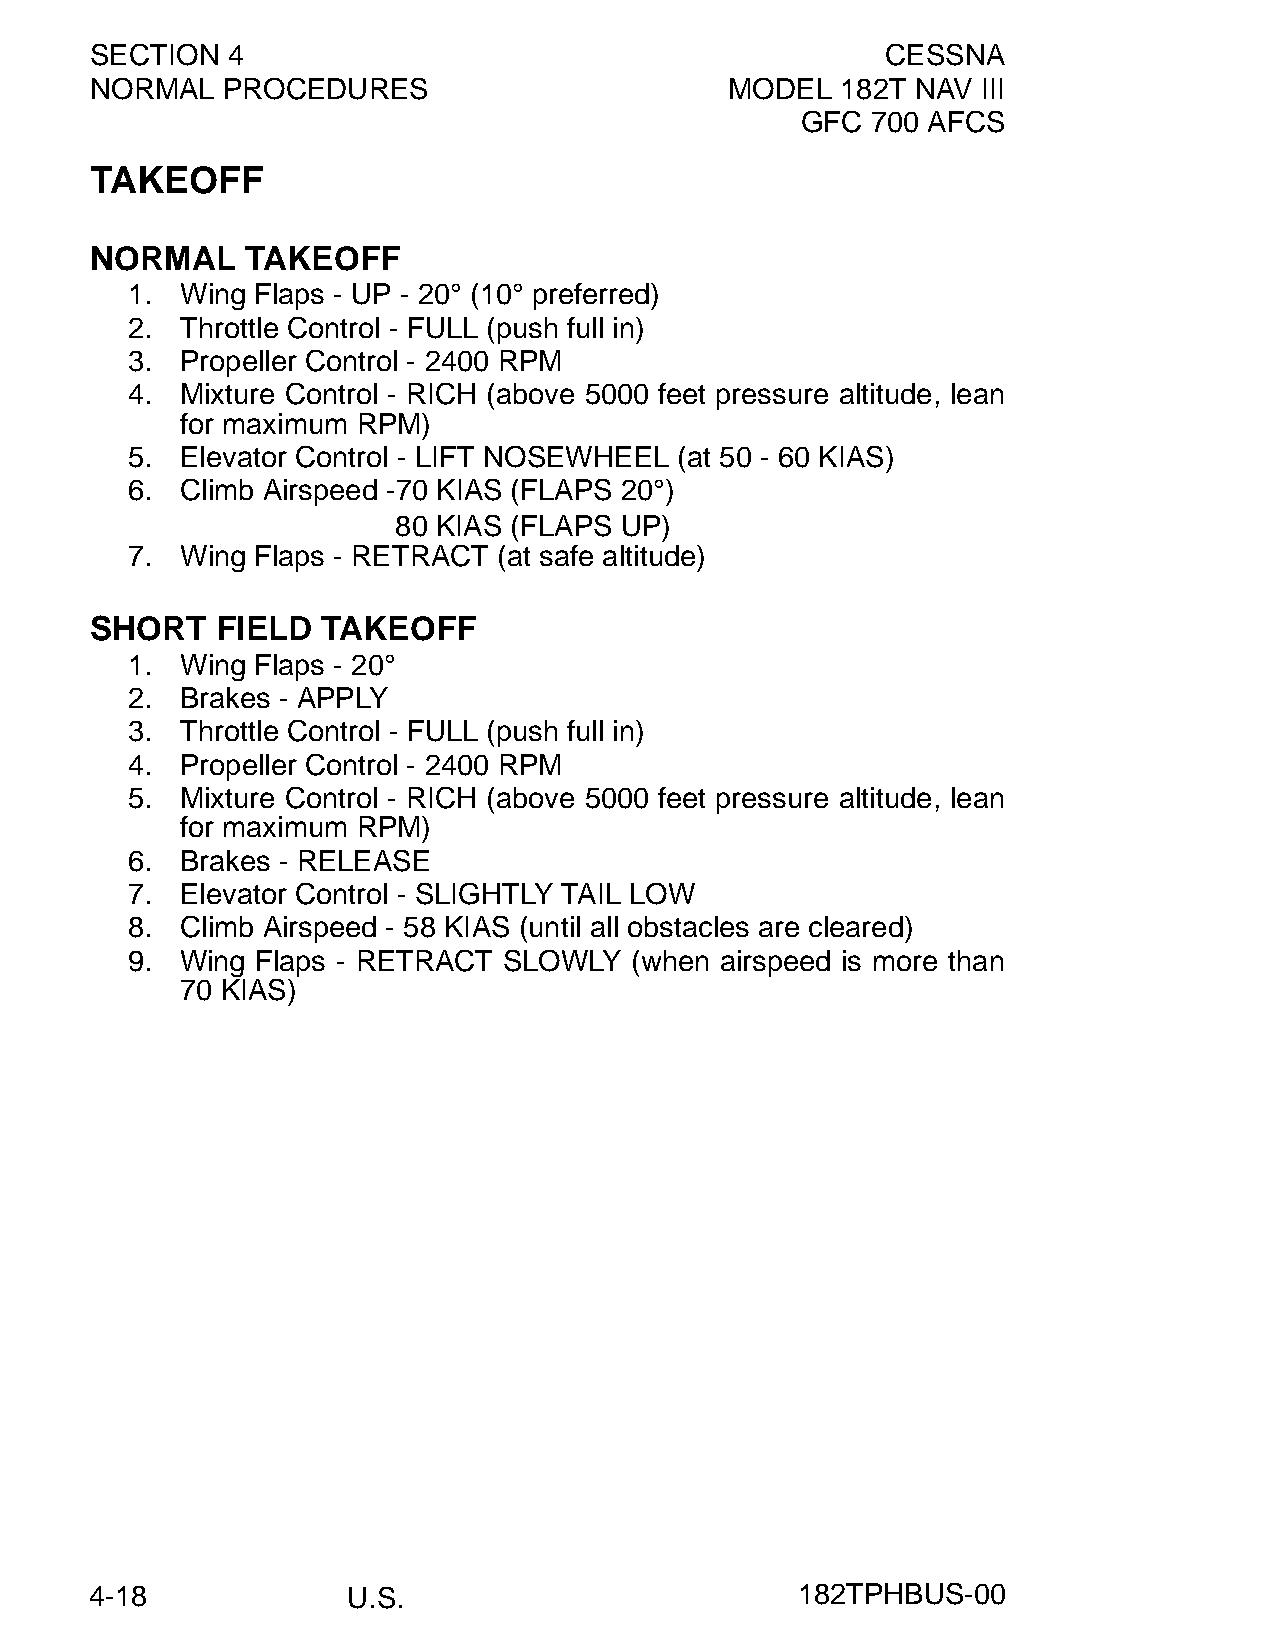
SECTION  4                                           CESSNA
 NORMAL   PROCEDURES                       MODEL   182T NAV III
 GFC  700 AFCS
 TAKEOFF
 NORMAL    TAKEOFF
 1.  Wing Flaps - UP - 20° (10° preferred)
 2.  Throttle Control - FULL (push full in)
 3.  Propeller Control - 2400 RPM
 4.  Mixture Control - RICH (above 5000 feet pressure altitude, lean
 for maximum RPM)
 5.  Elevator Control - LIFT NOSEWHEEL (at 50 - 60 KIAS)
 6.  Climb Airspeed -70 KIAS (FLAPS 20°)
 80 KIAS (FLAPS UP)
 7.  Wing Flaps - RETRACT (at safe altitude)
 SHORT   FIELD  TAKEOFF
 1.  Wing Flaps - 20°
 2.  Brakes - APPLY
 3.  Throttle Control - FULL (push full in)
 4.  Propeller Control - 2400 RPM
 5.  Mixture Control - RICH (above 5000 feet pressure altitude, lean
 for maximum RPM)
 6.  Brakes - RELEASE
 7.  Elevator Control - SLIGHTLY TAIL LOW
 8.  Climb Airspeed - 58 KIAS (until all obstacles are cleared)
 9.  Wing Flaps - RETRACT SLOWLY   (when airspeed is more than
 70 KIAS)
 4-18             U.S.                          182TPHBUS-00